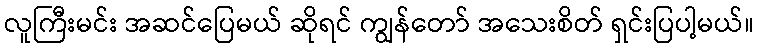
လူကြီးမင်း အဆင်ပြေမယ် ဆိုရင် ကျွန်တော် အသေးစိတ် ရှင်းပြပါ့မယ်။